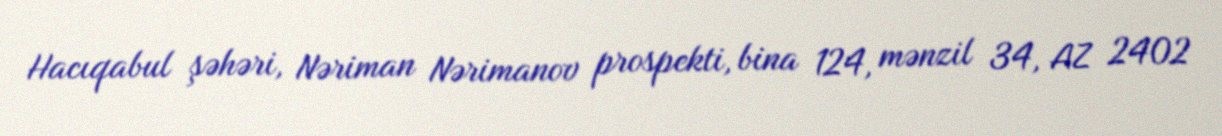
Hacıqabul şəhəri, Nəriman Nərimanov prospekti, bina 124, mənzil 34, AZ 2402